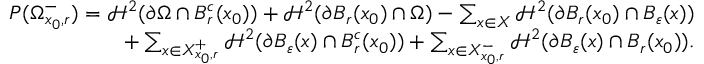
\begin{array} { r } { P ( \Omega _ { x _ { 0 } , r } ^ { - } ) = \mathcal H ^ { 2 } ( \partial \Omega \cap B _ { r } ^ { c } ( x _ { 0 } ) ) + \mathcal H ^ { 2 } ( \partial B _ { r } ( x _ { 0 } ) \cap \Omega ) - \sum _ { x \in X } \mathcal H ^ { 2 } ( \partial B _ { r } ( x _ { 0 } ) \cap B _ { \varepsilon } ( x ) ) } \\ { + \sum _ { x \in X _ { x _ { 0 } , r } ^ { + } } \mathcal H ^ { 2 } ( \partial B _ { \varepsilon } ( x ) \cap B _ { r } ^ { c } ( x _ { 0 } ) ) + \sum _ { x \in X _ { x _ { 0 } , r } ^ { - } } \mathcal H ^ { 2 } ( \partial B _ { \varepsilon } ( x ) \cap B _ { r } ( x _ { 0 } ) ) . } \end{array}